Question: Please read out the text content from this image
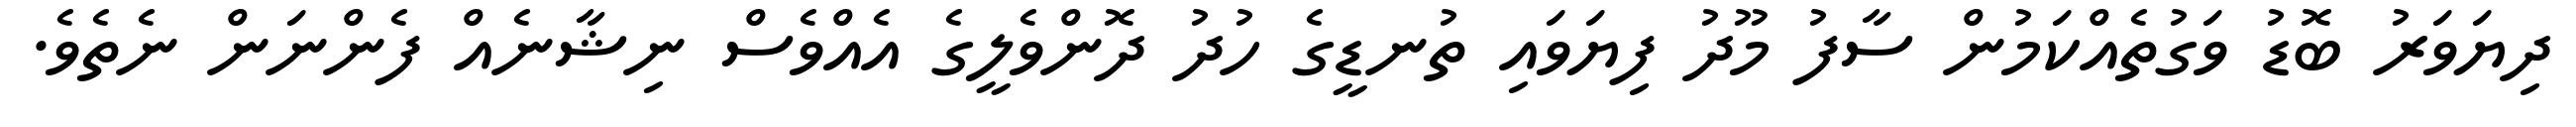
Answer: ދިޔަވަރު ބޮޑު ވަގުތެއްކަމުން ސާފު މޫދު ފިޔަވައި ތުނޑީގެ ހުދު ދޮންވެލީގެ އެއްވެސް ނިޝާނެއް ފެންނަން ނެތެވެ.